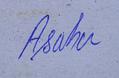
Signature authenticity: genuine